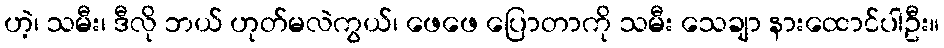
ဟဲ့၊ သမီး၊ ဒီလို ဘယ် ဟုတ်မလဲကွယ်၊ ဖေဖေ ပြောတာကို သမီး သေချာ နားထောင်ပါဦး။